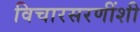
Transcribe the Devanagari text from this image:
विचारसरणींशी